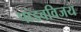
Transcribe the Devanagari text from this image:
पांडवविजय